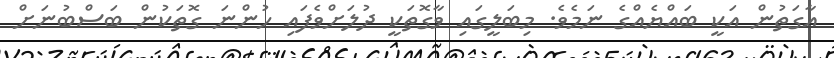
އާގަތުން އަކީ ބައްޔެއްގެ ނަމެވެ. މިބަލީގައި ވާގޮތަކީ ދުލަށްވެފައި ހުންނަ ގޮތަކުން ބަސްބުނަށް